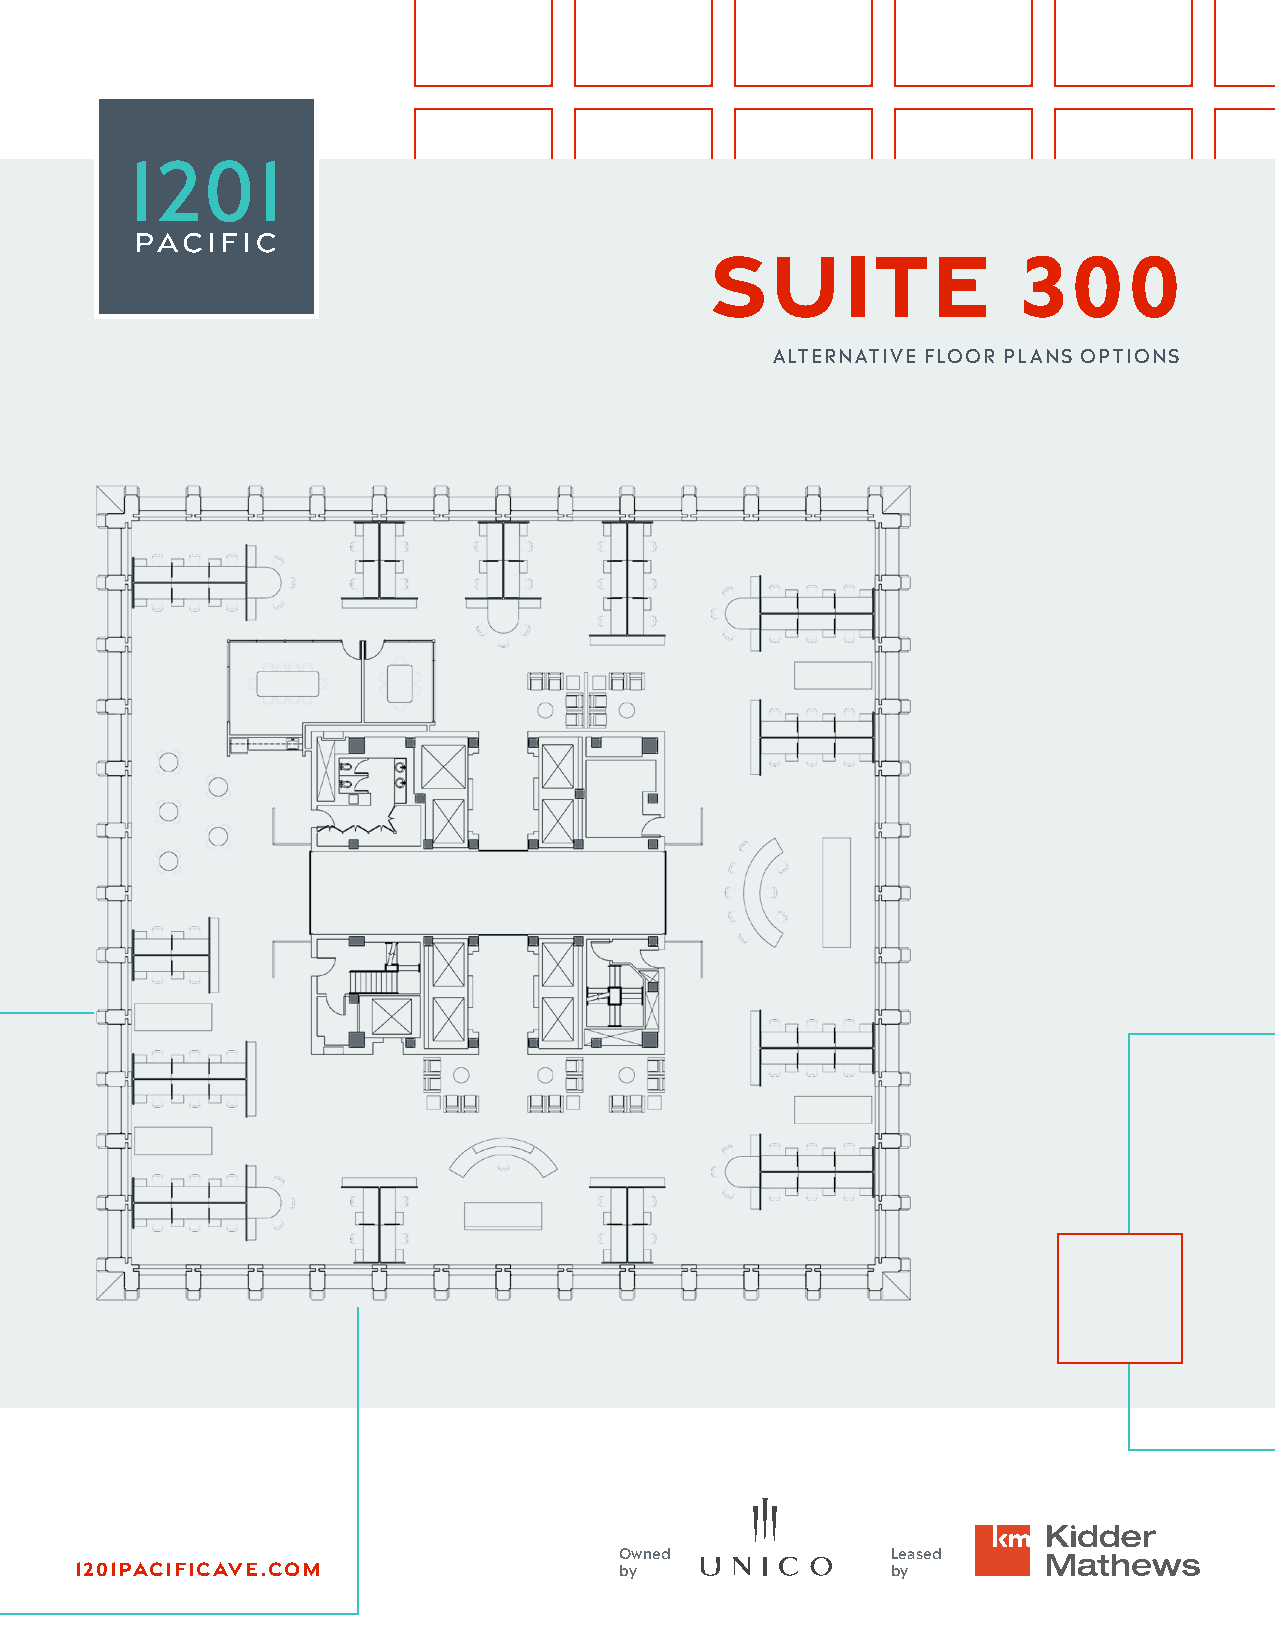
Suite                300
 ALTERNATIVE FLOOR PLANS OPTIONS
 Owned             Leased
 1201pacificave.com                  by                by